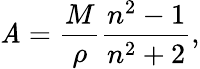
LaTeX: \mathit{A}={\frac{{M}}{{\rho}}}{\frac{{n^{2}-1}}{{n^{2}+2}}},